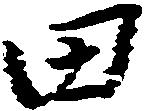
田